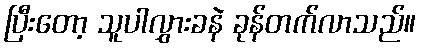
ပြီးတော့ သူပါလွှားခနဲ ခုန်တက်လာသည်။